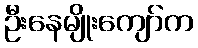
ဦးနေမျိုးကျော်က